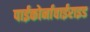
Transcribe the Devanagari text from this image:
पाईकोर्नावाईराइड